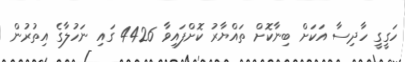
ހަގީގީ ހާދިސާ އަކަށް ބިނާކޮށް ތައްޔާރު ކޮށްފައިވާ 4426 ގައި ނަހުލާގެ އިތުރުން